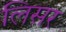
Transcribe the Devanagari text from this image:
लिसर